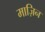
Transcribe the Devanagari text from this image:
माज़िन